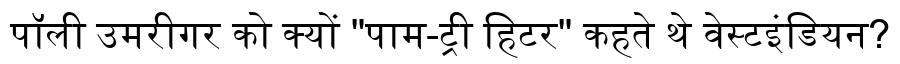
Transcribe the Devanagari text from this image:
पॉली उमरीगर को क्यों "पाम-ट्री हिटर" कहते थे वेस्टइंडियन?